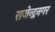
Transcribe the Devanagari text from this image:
राजेन्द्रनगर